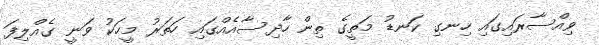
ވިއްސާރައިގައި ހިނގި ކަނޑު މަތީގެ ތިން ހާދިސާއެއްގައި ހަތަރު މީހަކު ވަނީ ގެއްލިފަ